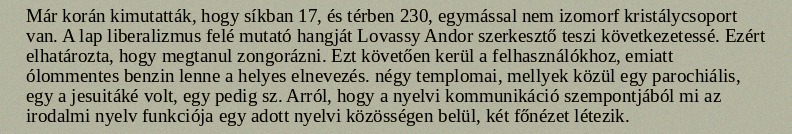
Már korán kimutatták, hogy síkban 17, és térben 230, egymással nem izomorf kristálycsoport van. A lap liberalizmus felé mutató hangját Lovassy Andor szerkesztő teszi következetessé. Ezért elhatározta, hogy megtanul zongorázni. Ezt követően kerül a felhasználókhoz, emiatt ólommentes benzin lenne a helyes elnevezés. négy templomai, mellyek közül egy parochiális, egy a jesuitáké volt, egy pedig sz. Arról, hogy a nyelvi kommunikáció szempontjából mi az irodalmi nyelv funkciója egy adott nyelvi közösségen belül, két főnézet létezik.